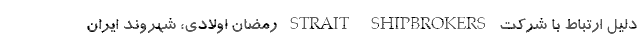
دلیل ارتباط با شرکت STRAIT SHIPBROKERS رمضان اولادی، شهروند ایران